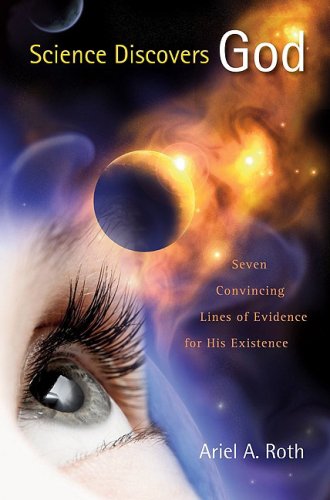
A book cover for Science Discovers God: Seven Convincing Lines of Evidence for His Existence; Ariel A. Roth; Christian Books & Bibles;